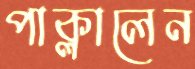
পাক্‌লালেন